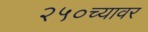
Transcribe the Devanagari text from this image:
२५०च्यावर